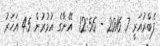
ފެބްރުއަރީ 7